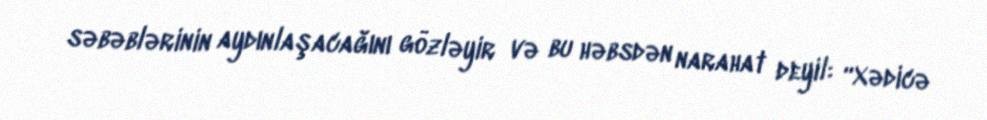
səbəblərinin aydınlaşacağını gözləyir və bu həbsdən narahat deyil: “Xədicə